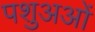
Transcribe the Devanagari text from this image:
पशुअओं